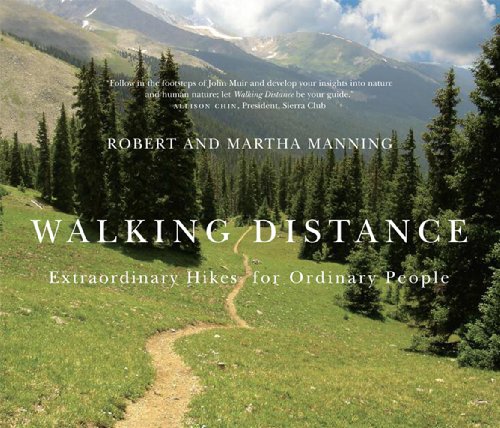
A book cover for Walking Distance: Extraordinary Hikes for Ordinary People; Robert E. Manning; Sports & Outdoors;